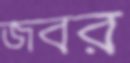
জবর